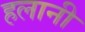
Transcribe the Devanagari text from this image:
हलानी